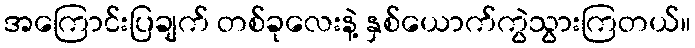
အကြောင်းပြချက် တစ်ခုလေးနဲ့ နှစ်ယောက်ကွဲသွားကြတယ်။